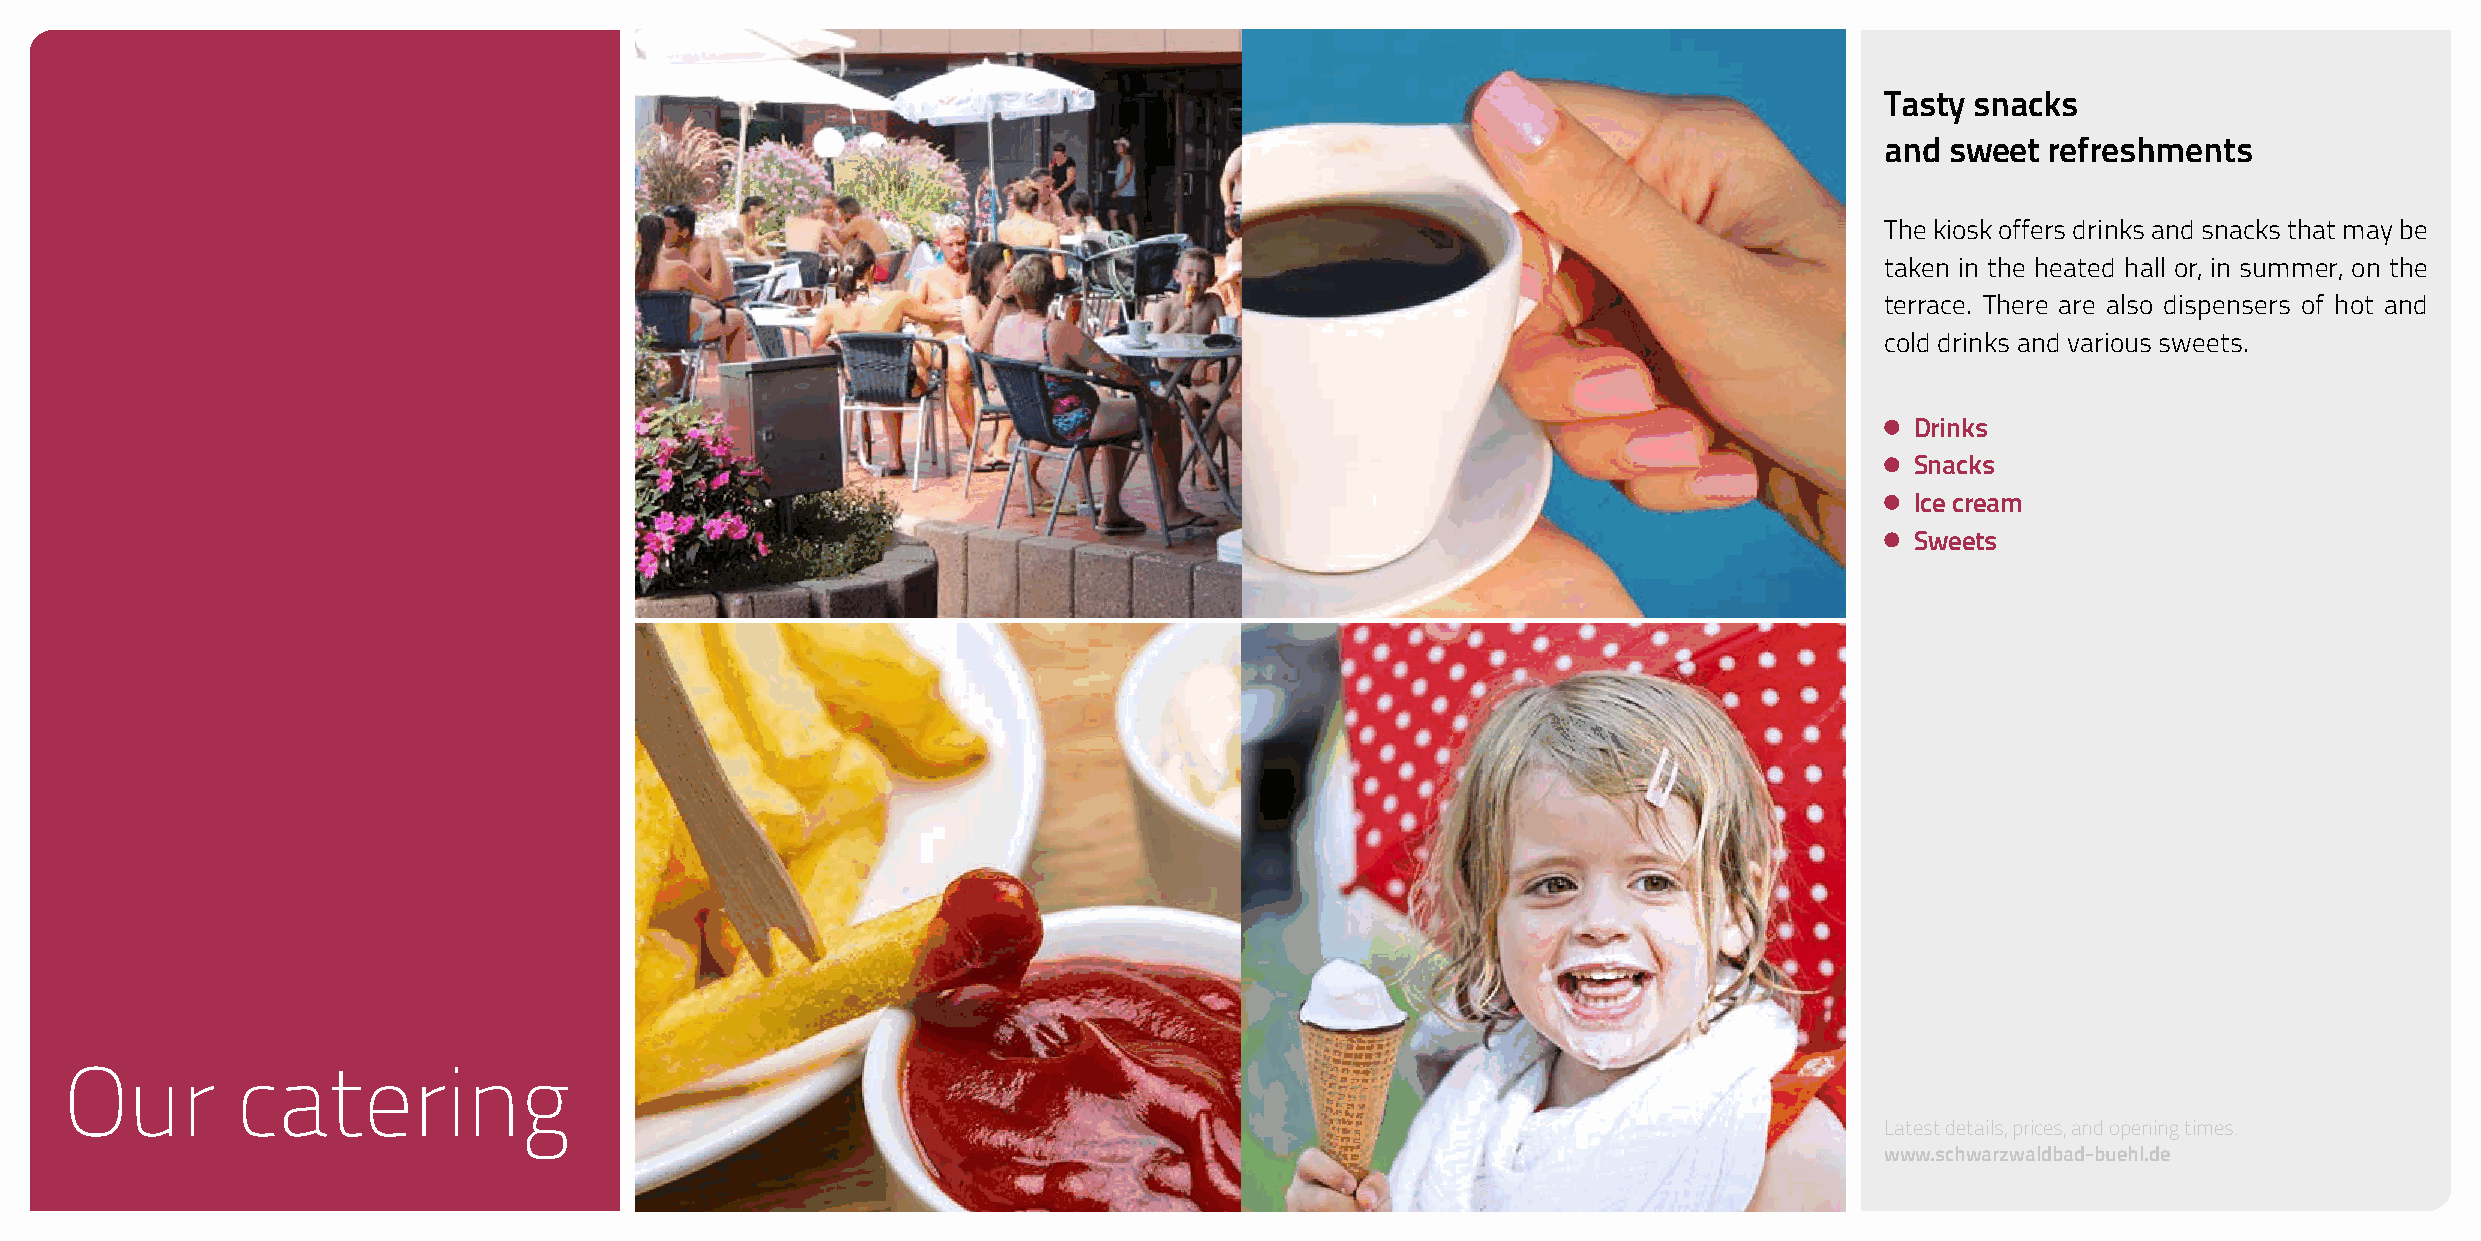
Tasty snacks
 and sweet  refreshments
 The kiosk offers drinks and snacks that may be
 taken in the heated hall or, in summer, on the
 terrace. There are also dispensers of hot and
 cold drinks and various sweets.
 Drinks
 Snacks
 Ice cream
 Sweets
 Our         catering
 Latest details, prices, and opening times:
 www.schwarzwaldbad-buehl.de